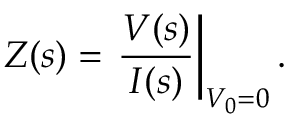
Z ( s ) = \left. { \frac { V ( s ) } { I ( s ) } } \right| _ { V _ { 0 } = 0 } .